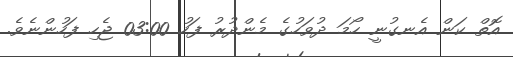
އޮތް ކަން އެނގުނީ ހޯމަ ދުވަހުގެ މެންދުރު ފަހު 03:00 ޖެހި ފަހުންނެވެ.